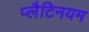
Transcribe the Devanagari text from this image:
प्लैटिनयम